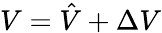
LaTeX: V=\hat{V}+\Delta V